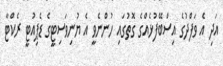
އަދި އެ ވަފްދުގެ އިސްބޭފުޅެއްގެ ގޮތުގައި ހުންނެވީ އެ ޔުނިވަސިޓީގެ ޑެޕިއުޓީ ރެކްޓާ